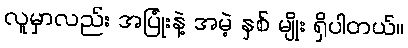
လူမှာလည်း အပြုံးနဲ့ အမဲ့ နှစ် မျိုး ရှိပါတယ်။